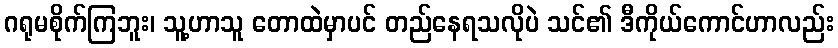
ဂရုမစိုက်ကြဘူး၊ သူ့ဟာသူ တောထဲမှာပင် တည်နေရသလိုပဲ သင်၏ ဒီကိုယ်ကောင်ဟာလည်း